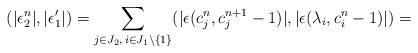
LaTeX: \begin{align*}(|\epsilon^n_2|, |\epsilon'_1|) = \sum_{j\in J_2,\, i\in J_1\setminus \{1\}} ( |\epsilon(c^n_j, c^{n+1}_j-1)|,|\epsilon(\lambda_i, c_i^n -1)| ) =\end{align*}